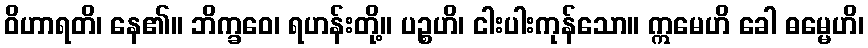
ဝိဟာရတိ၊ နေ၏။ ဘိက္ခဝေ၊ ရဟန်းတို့။ ပဉ္စဟိ၊ ငါးပါးကုန်သော။ ဣမေဟိ ခေါ ဓမ္မေဟိ၊